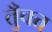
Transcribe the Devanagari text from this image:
तुँचत्त